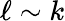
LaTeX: \ell\sim k